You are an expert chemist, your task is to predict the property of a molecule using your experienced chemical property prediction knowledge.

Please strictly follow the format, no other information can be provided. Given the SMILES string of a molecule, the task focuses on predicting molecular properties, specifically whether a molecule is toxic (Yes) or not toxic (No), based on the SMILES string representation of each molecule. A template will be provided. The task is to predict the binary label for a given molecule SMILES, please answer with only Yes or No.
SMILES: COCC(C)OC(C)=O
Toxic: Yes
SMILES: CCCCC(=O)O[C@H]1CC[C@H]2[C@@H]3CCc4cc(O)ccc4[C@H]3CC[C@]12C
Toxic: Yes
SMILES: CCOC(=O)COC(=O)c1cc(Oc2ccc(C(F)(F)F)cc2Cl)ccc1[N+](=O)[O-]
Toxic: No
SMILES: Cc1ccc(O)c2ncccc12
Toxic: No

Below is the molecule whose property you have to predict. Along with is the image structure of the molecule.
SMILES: CCCCOCN(C(=O)CCl)c1c(CC)cccc1CC
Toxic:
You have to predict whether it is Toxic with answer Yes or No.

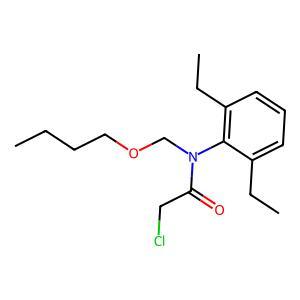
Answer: No